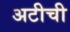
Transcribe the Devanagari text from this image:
अटीची